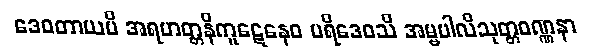
ဒေဝတာယပိ အရဟတ္တနိကူဋေနေဝ ပရိဒေဝသိ အမ္ဗပါလိသုတ္တဝဏ္ဏနာ